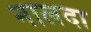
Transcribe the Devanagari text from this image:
नालदा